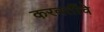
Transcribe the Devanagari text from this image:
करवतींचे